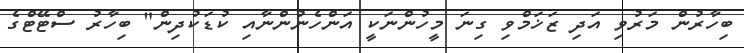
ބިހާރުން މަރުވި އަދި ޒަޚަމްވި ގިނަ މީހުންނަކީ އަންހެނުންނާއި ކުޑަކުދިން" ބިހާރު ސްޓޭޓްގެ